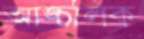
আঙ্চলিক